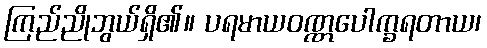
ကြည်ညိုဘွယ်ရှိ၏။ ပရမာယဝဏ္ဏပေါက္ခရတာယ၊